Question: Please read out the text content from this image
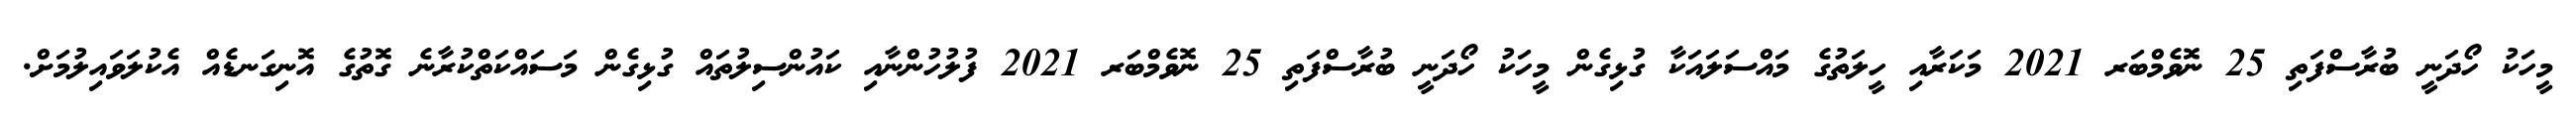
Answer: މީހަކު ހޯދަނީ ބުރާސްފަތި 25 ނޮވެމްބަރ 2021 މަކަރާއި ހީލަތުގެ މައްސަލައަކާ ގުޅިގެން މީހަކު ހޯދަނީ ބުރާސްފަތި 25 ނޮވެމްބަރ 2021 ފުލުހުންނާއި ކައުންސިލުތައް ގުޅިގެން މަސައްކަތްކުރާނެ ގޮތުގެ އޮނިގަނޑެއް އެކުލަވައިލުމަށް.